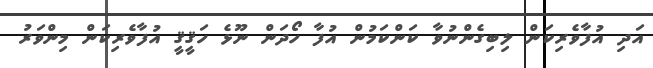
އަދި އުފާވެރިކަން ލިބިގެންނުވާ ކަންކަމުން އުފާ ހޯދަން ނޫޅެ ހަޤީޤީ އުފާވެރިކަން މިންވަރު